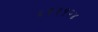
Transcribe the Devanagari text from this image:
६९३१२४